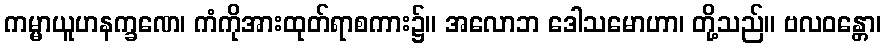
ကမ္မာယူဟနက္ခဏေ၊ ကံကိုအားထုတ်ရာစကား၌။ အလောဘ ဒေါသမောဟာ၊ တို့သည်။ ဗလဝန္တော၊